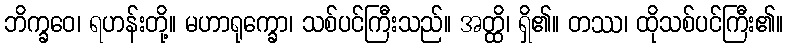
ဘိက္ခဝေ၊ ရဟန်းတို့။ မဟာရုက္ခော၊ သစ်ပင်ကြီးသည်။ အတ္ထိ၊ ရှိ၏။ တဿ၊ ထိုသစ်ပင်ကြီး၏။